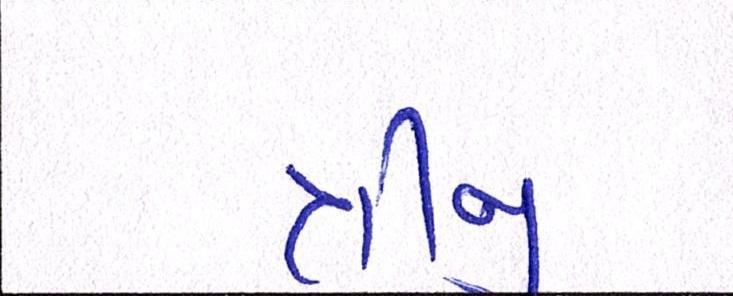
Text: ત્રીજી